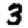
Digit: 3